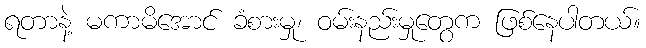
ရတာနဲ့ မကာမိအောင် ခံစားမှု၊ ဝမ်းနည်းမှုတွေက ဖြစ်နေပါတယ်။